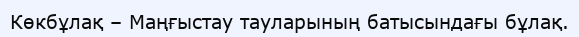
Көкбұлақ – Маңғыстау тауларының батысындағы бұлақ.